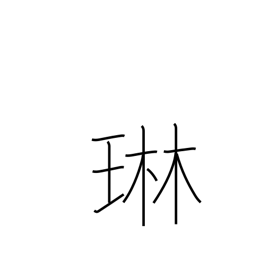
Meaning: tinkling of jewelry